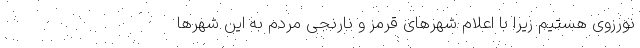
نورزوی هستیم زیرا با اعلام شهرهای قرمز و نارنجی مردم به این شهرها